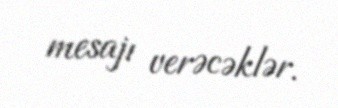
mesajı verəcəklər.